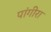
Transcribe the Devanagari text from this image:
पांगीरा